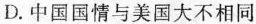
D.中国国情与美国大不相同